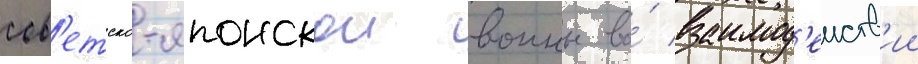
сов'етско-японскои воины во́ взаимод'еиств'ии